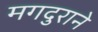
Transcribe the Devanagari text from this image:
मगदुराने